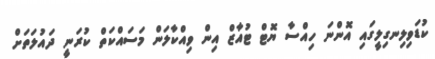
ކުޑަވިލިނގިލީގައި އޮންނަ ހިއްސާ ޔޮޓް ޓުއާޒް އިން ވިއްކާލަން މަސައްކަތް ކުރަނީ ދައުލަތަށް